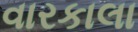
વારકાલા